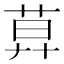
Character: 𦱤